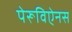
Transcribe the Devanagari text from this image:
पेरूविऐनस